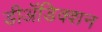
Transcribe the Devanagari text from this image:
डीअॅडिक्शन